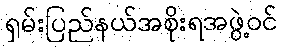
ရှမ်းပြည်နယ်အစိုးရအဖွဲ့ဝင်